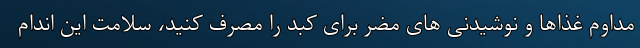
مداوم غذاها و نوشیدنی های مضر برای کبد را مصرف کنید، سلامت این اندام